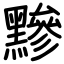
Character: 黲